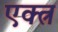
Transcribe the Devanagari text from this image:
एक्त्र